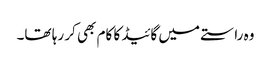
وہ راستے میں گائیڈ کا کام بھی کر رہا تھا۔